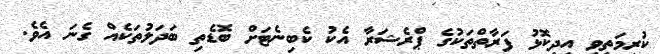
ކުރިމަތިވި އިދިކޮޅު ފަރާތްތަކުގެ ޕްރެޝަރާ އެކު ކެބިނެޓަށް ބޮޑެތި ބަދަލުތަކެއް ގެނަ އެވެ.